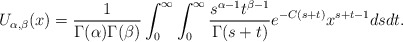
\begin{align*}U_{\alpha,\beta}(x)=\frac{1}{\Gamma(\alpha)\Gamma(\beta)}\int_{0}^{\infty}\int_{0}^{\infty}\frac{s^{\alpha-1}t^{\beta-1}}{\Gamma(s+t)}e^{-C(s+t)}x^{s+t-1}dsdt.\end{align*}